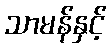
သာမန်နှင့်